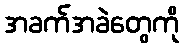
အခက်အခဲတွေကို